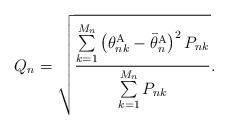
LaTeX: \begin{align*}Q_n=\sqrt{\frac{\sum\limits_{k=1}^{M_n}\left(\theta^{\mathrm{A}}_{nk}-\bar{\theta}^{\mathrm{A}}_n\right)^2P_{nk}}{\sum\limits_{k=1}^{M_n}P_{nk}}}.\end{align*}